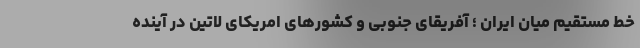
خط مستقیم میان ایران ؛ آفریقای جنوبی و کشورهای امریکای لاتین در آینده